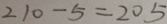
2 1 0 - 5 = 2 0 5